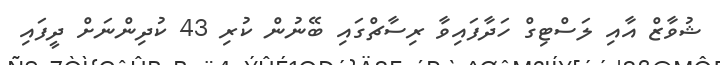
ޝުވާޒް އާއި ލަސްޓިގް ހަދާފައިވާ ރިސާޗްގައި ބޭނުން ކުރި 43 ކުދިންނަށް ދީފައި